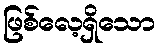
ဖြစ်လေ့ရှိသော